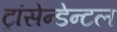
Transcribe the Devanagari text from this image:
ट्रांसेन्डेन्टल